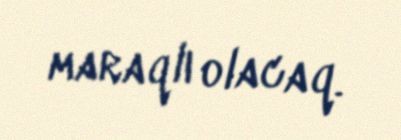
maraqlı olacaq.